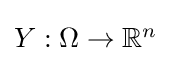
\textstyle Y:\Omega \to \mathbb {R} ^{n}